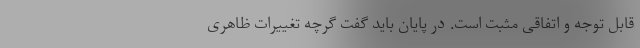
قابل توجه و اتفاقی مثبت است. در پایان باید گفت گرچه تغییرات ظاهری